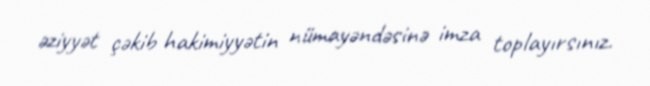
əziyyət çəkib hakimiyyətin nümayəndəsinə imza toplayırsınız.